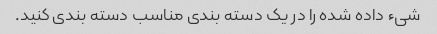
شیء داده شده را در یک دسته بندی مناسب دسته بندی کنید.